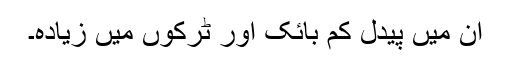
ان میں پیدل کم بائک اور ٹرکوں میں زیادہ۔